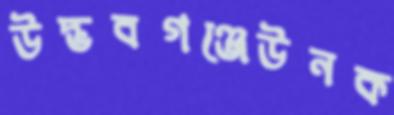
উদ্ভবগঞ্জেউনক